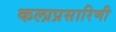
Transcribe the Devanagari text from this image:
कलाप्रसारिणी